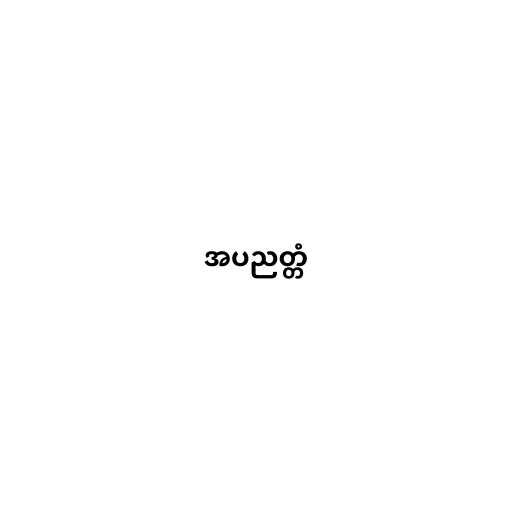
အပညတ္တံ